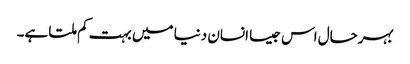
بہرحال اس جیسا انسان دنیا میں بہت کم ملتا ہے۔